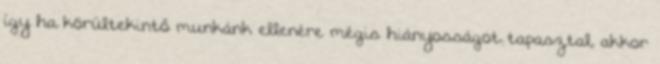
így ha körültekintő munkánk ellenére mégis hiányosságot tapasztal, akkor